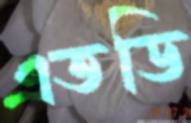
এতডি